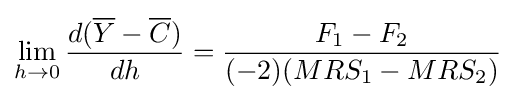
\lim _{h\rightarrow 0}{\frac {d({\overline {Y}}-{\overline {C}})}{dh}}={\frac {F_{1}-F_{2}}{(-2)(MRS_{1}-MRS_{2})}}\;